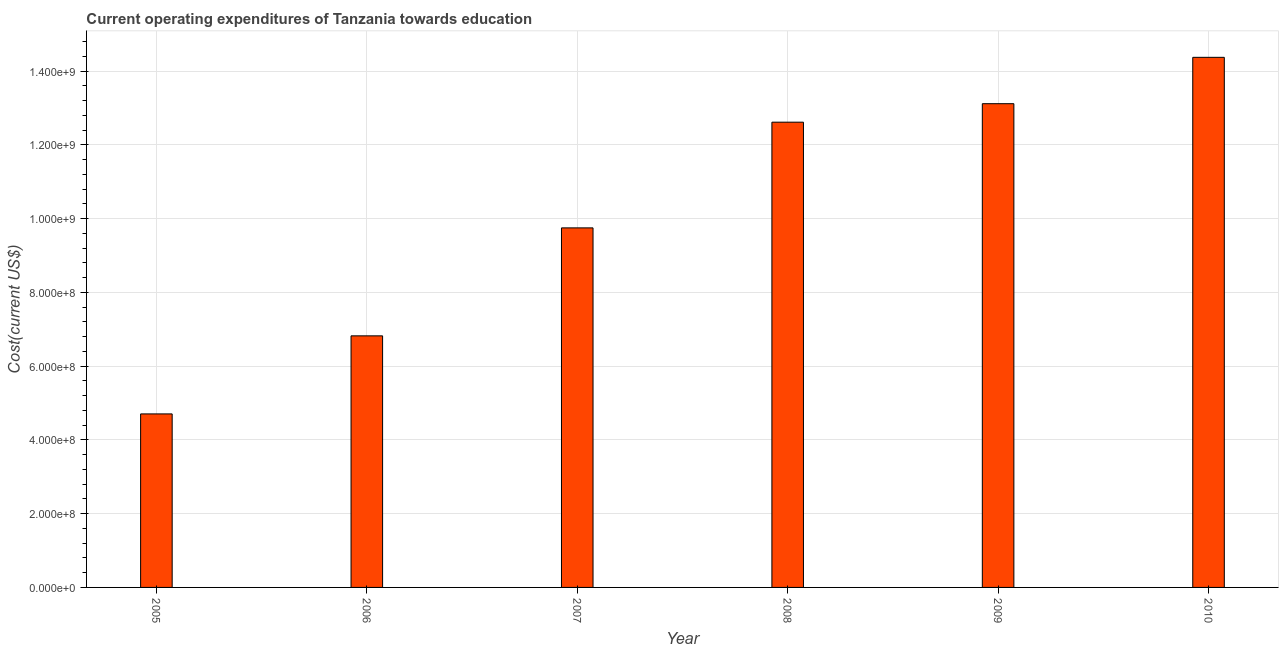
| Year | Education expenditure |
 | --- | --- |
 | 2005 | 4.7e+08 |
 | 2006 | 6.82e+08 |
 | 2007 | 9.75e+08 |
 | 2008 | 1.26e+09 |
 | 2009 | 1.31e+09 |
 | 2010 | 1.44e+09 |